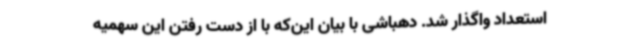
استعداد واگذار شد. دهباشی با بیان این‌که با از دست رفتن این سهمیه